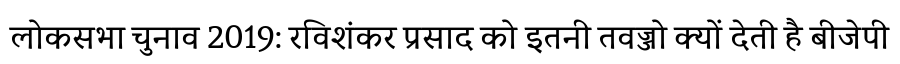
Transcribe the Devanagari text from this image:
लोकसभा चुनाव 2019: रविशंकर प्रसाद को इतनी तवज्जो क्यों देती है बीजेपी